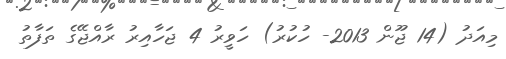
މިއަދު (14 ޖޫން 2013- ހުކުރު) ހަވީރު 4 ޖަހާއިރު ރާއްޖޭގެ ތަފާތު